Indian journal of veterinary science and animal husbandry - Volumes 24-25, 1954-1955
Year: 1954
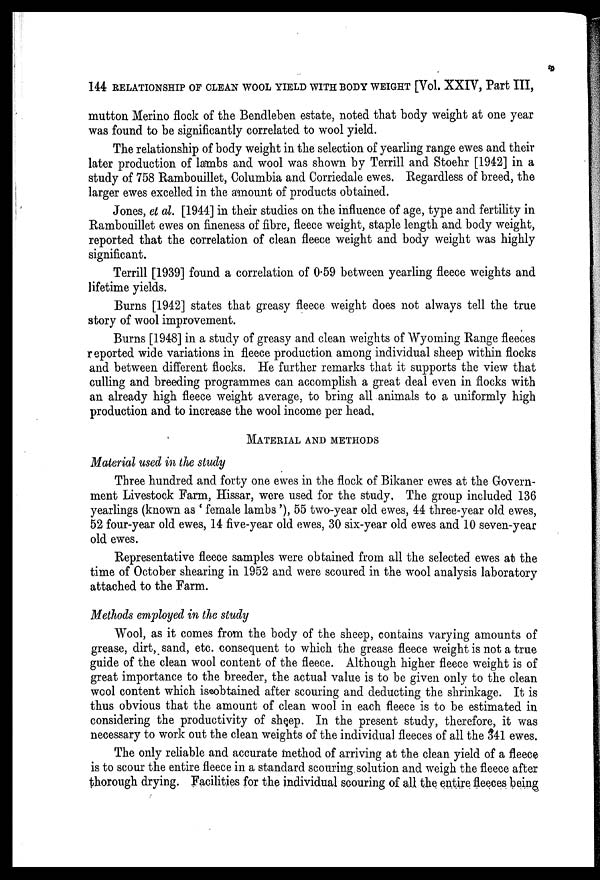
144 RELATIONSHIP OF CLEAN WOOL YIELD WITH BODY WEIGHT [Vol. XXIV, Part III,
mutton Merino flock of the Bendleben estate, noted that body weight at one year
was found to be significantly correlated to wool yield.
The relationship of body weight in the selection of yearling range ewes and their
later production of lambs and wool was shown by Terrill and Stoehr [1942] in a
study of 758 Rambouillet, Columbia and Corriedale ewes. Regardless of breed, the
larger ewes excelled in the amount of products obtained.
Jones, et al. [1944] in their studies on the influence of age, type and fertility in
Rambouillet ewes on fineness of fibre, fleece weight, staple length and body weight,
reported that the correlation of clean fleece weight and body weight was highly
significant.
Terrill [1939] found a correlation of 0.59 between yearling fleece weights and
lifetime yields.
Burns [1942] states that greasy fleece weight does not always tell the true
story of wool improvement.
Burns [1948] in a study of greasy and clean weights of Wyoming Range fleeces
reported wide variations in fleece production among individual sheep within flocks
and between different flocks. He further remarks that it supports the view that
culling and breeding programmes can accomplish a great deal even in flocks with
an already high fleece weight average, to bring all animals to a uniformly high
production and to increase the wool income per head,
MATERIAL AND METHODS
Material used in the study
Three hundred and forty one ewes in the flock of Bikaner ewes at the Govern-
ment Livestock Farm, Hissar, were used for the study. The group included 136
yearlings (known as ' female lambs '), 55 two-year old ewes, 44 three-year old ewes,
52 four-year old ewes, 14 five-year old ewes, 30 six-year old ewes and 10 seven-year
old ewes.
Representative fleece samples were obtained from all the selected ewes at the
time of October shearing in 1952 and were scoured in the wool analysis laboratory
attached to the Farm.
Methods employed in the study
Wool, as it comes from the body of the sheep, contains varying amounts of
grease, dirt, sand, etc. consequent to which the grease fleece weight is not a true
guide of the clean wool content of the fleece. Although higher fleece weight is of
great importance to the breeder, the actual value is to be given only to the clean
wool content which is obtained after scouring and deducting the shrinkage. It is
thus obvious that the amount of clean wool in each fleece is to be estimated in
considering the productivity of sheep. In the present study, therefore, it was
necessary to work out the clean weights of the individual fleeces of all the 341 ewes.
The only reliable and accurate method of arriving at the clean yield of a fleece
is to scour the entire fleece in a standard scouring solution and weigh the fleece after
thorough drying. Facilities for the individual scouring of all the entire fleeces being